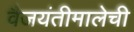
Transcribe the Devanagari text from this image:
वैजयंतीमालेची